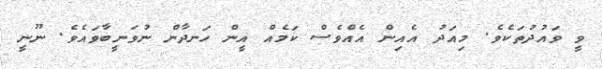
ވީ ވައުދުތަކެވެ. މިއަދު އެއިން އެއްވެސް ކަމެއް އީން ހަނދާން ނުވަނީބާވައެވެ. ނޫނީ